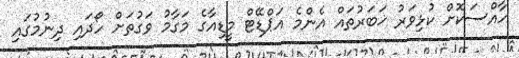
ހާއްސަކޮށް ކުޅިވަރު ޚަބަރުތައް އެންމެ އަޕްޑޭޓް މީޑިއާގެ މަގާމު ވަގުތަށް ހޯދައި ދިނުމުގައި